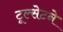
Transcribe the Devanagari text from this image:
टूल्सेटने